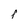
Character: F